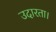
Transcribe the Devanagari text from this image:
उदारता।